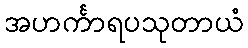
အဟင်္ကာရပသုတာယံ